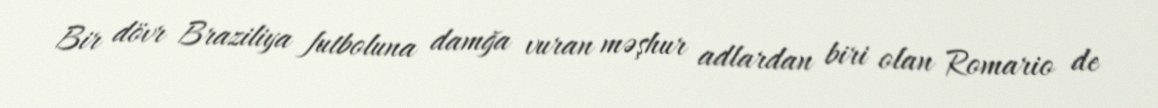
Bir dövr Braziliya futboluna damğa vuran məşhur adlardan biri olan Romario de